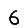
Digit: 6